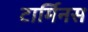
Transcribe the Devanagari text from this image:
टार्मिनस